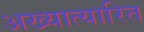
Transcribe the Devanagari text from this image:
अख्यात्यारित